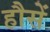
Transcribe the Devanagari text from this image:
हौसें